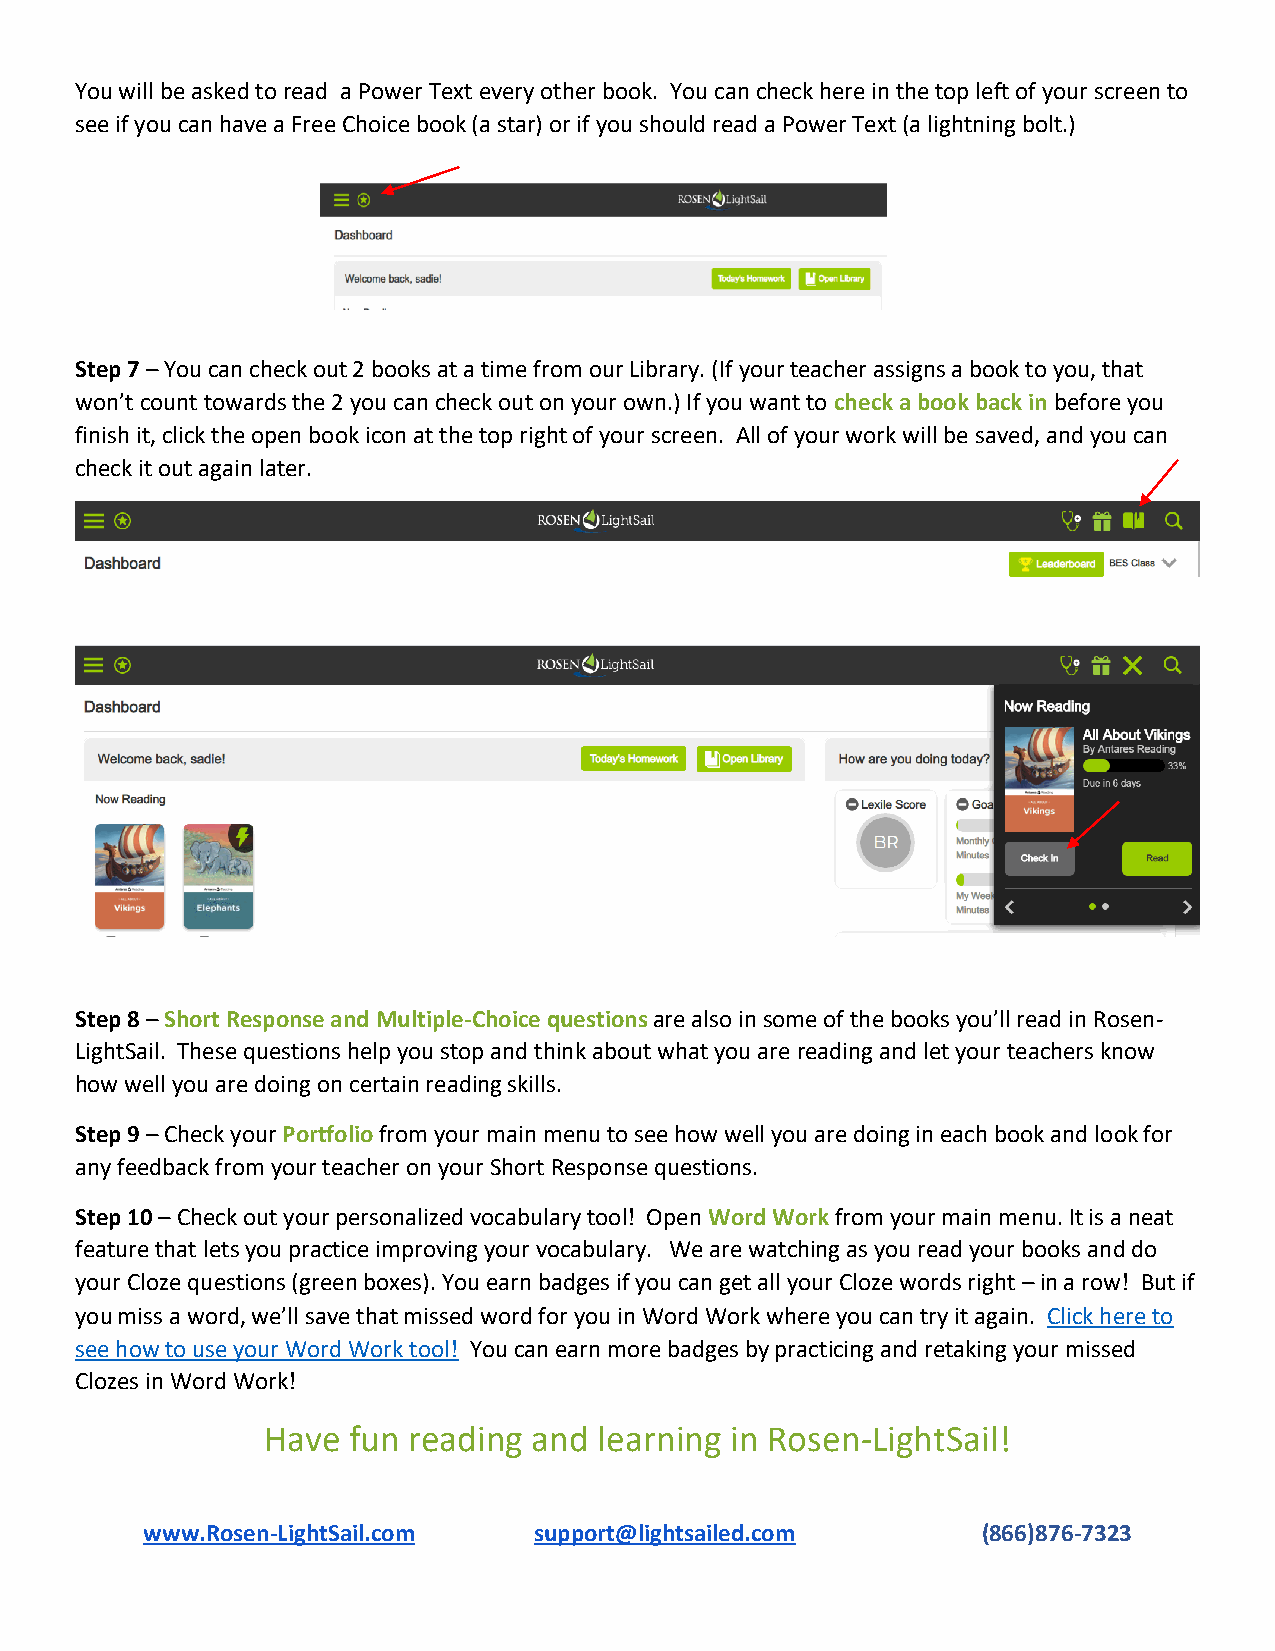
You will be asked to read a Power Text every other book. You can check here in the top left of your screen to
 see if you can have a Free Choice book (a star) or if you should read a Power Text (a lightning bolt.)
 Step 7 – You can check out 2 books at a time from our Library. (If your teacher assigns a book to you, that
 won’t count towards the 2 you can check out on your own.) If you want to check a book back in before you
 finish it, click the open book icon at the top right of your screen. All of your work will be saved, and you can
 check it out again later.
 Step 8 – Short Response and Multiple-Choice questions are also in some of the books you’ll read in Rosen-
 LightSail. These questions help you stop and think about what you are reading and let your teachers know
 how well you are doing on certain reading skills.
 Step 9 – Check your Portfolio from your main menu to see how well you are doing in each book and look for
 any feedback from your teacher on your Short Response questions.
 Step 10 – Check out your personalized vocabulary tool! Open Word Work from your main menu. It is a neat
 feature that lets you practice improving your vocabulary. We are watching as you read your books and do
 your Cloze questions (green boxes). You earn badges if you can get all your Cloze words right – in a row! But if
 you miss a word, we’ll save that missed word for you in Word Work where you can try it again. Click here to
 see how to use your Word Work tool! You can earn more badges by practicing and retaking your missed
 Clozes in Word Work!
 Have  fun reading and  learning in Rosen-LightSail!
 www.Rosen-LightSail.com   support@lightsailed.com       (866)876-7323